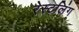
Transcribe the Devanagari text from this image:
रेस्टलिंग